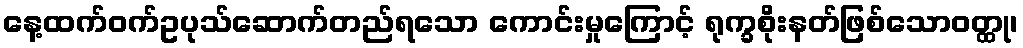
နေ့ထက်ဝက်ဥပုသ်ဆောက်တည်ရသော ကောင်းမှုကြောင့် ရုက္ခစိုးနတ်ဖြစ်သောဝတ္ထု၊